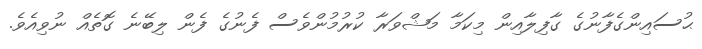
ޙުސައިންގެފާނުގެ ގާފިލާއިން މިކަމާ މަޝްވަރާ ކުރުމުންވެސް ފެނުގެ ފެން ލިބޭނެ ގޮތެއް ނުވިއެވެ.